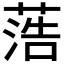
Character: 𦶡